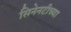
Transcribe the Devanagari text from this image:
सिनेनटीच्या